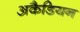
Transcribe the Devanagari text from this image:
अकैडियन